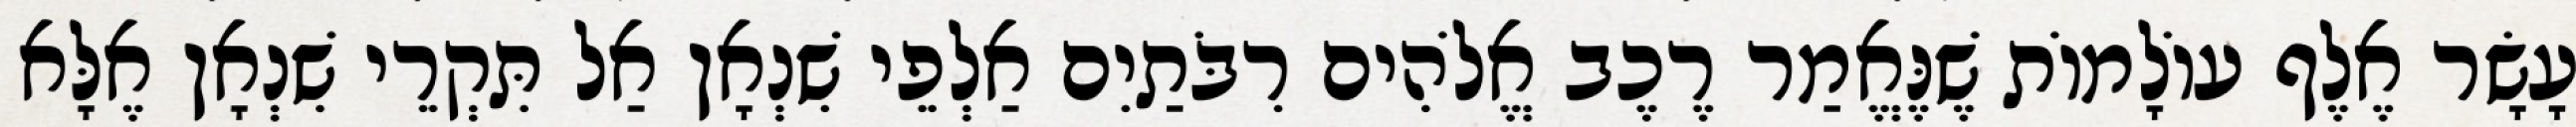
עָשָׂר אֶלֶף עוֹלָמוֹת שֶׁנֶּאֱמַר רֶכֶב אֱלֹהִים רִבֹּתַיִם אַלְפֵי שִׁנְאָן אַל תִּקְרֵי שִׁנְאָן אֶלָּא